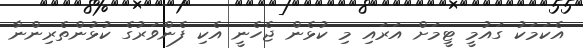
އެކަމަކު ގައުމީ ޓީމަށް އަރައި މި ކުޅެން ޖެހެނީ އެކި ފެންވަރުގެ ކުޅުންތެރިންނާ